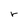
Character: r